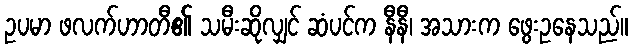
ဥပမာ ဖလက်ဟာတီ၏ သမီးဆိုလျှင် ဆံပင်က နီနီ၊ အသားက ဖွေးဥနေသည်။